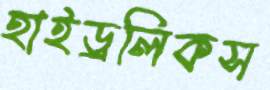
হাইড্রলিকস